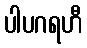
ပါပဂရဟီ